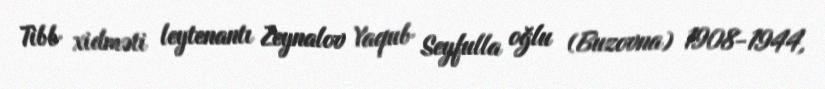
Tibb xidməti leytenantı Zeynalov Yaqub Seyfulla oğlu (Buzovna) 1908-1944,